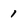
Character: 1